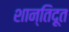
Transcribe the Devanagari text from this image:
शान्तिदूत